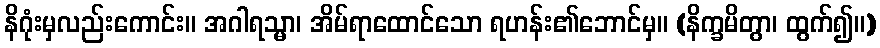
နိဂုံးမှလည်းကောင်း။ အဂါရသ္မာ၊ အိမ်ရာထောင်သော ရဟန်း၏ဘောင်မှ။ (နိက္ခမိတွာ၊ ထွက်၍။)